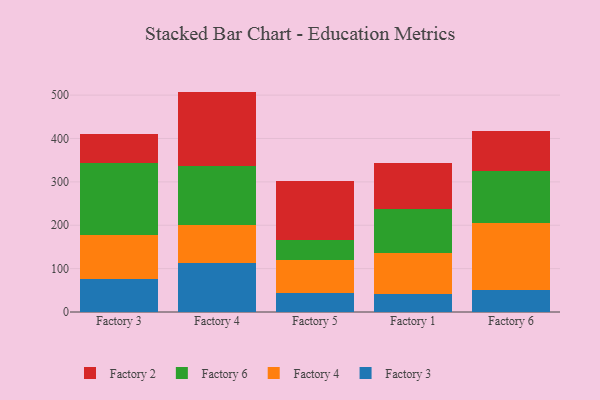
{"axis": {"x": "Factory", "y": "Active Users"}, "legend": ["Factory 2", "Factory 3", "Factory 4", "Factory 6"], "data": [{"x": "Factory 3", "y": 75.3, "type": "Factory 3"}, {"x": "Factory 3", "y": 101.7, "type": "Factory 4"}, {"x": "Factory 3", "y": 166.5, "type": "Factory 6"}, {"x": "Factory 3", "y": 67.1, "type": "Factory 2"}, {"x": "Factory 4", "y": 112.5, "type": "Factory 3"}, {"x": "Factory 4", "y": 88.8, "type": "Factory 4"}, {"x": "Factory 4", "y": 135.1, "type": "Factory 6"}, {"x": "Factory 4", "y": 171.7, "type": "Factory 2"}, {"x": "Factory 5", "y": 43.3, "type": "Factory 3"}, {"x": "Factory 5", "y": 76.8, "type": "Factory 4"}, {"x": "Factory 5", "y": 45.9, "type": "Factory 6"}, {"x": "Factory 5", "y": 135.9, "type": "Factory 2"}, {"x": "Factory 1", "y": 41.8, "type": "Factory 3"}, {"x": "Factory 1", "y": 94.5, "type": "Factory 4"}, {"x": "Factory 1", "y": 101.3, "type": "Factory 6"}, {"x": "Factory 1", "y": 106.3, "type": "Factory 2"}, {"x": "Factory 6", "y": 50.4, "type": "Factory 3"}, {"x": "Factory 6", "y": 154.3, "type": "Factory 4"}, {"x": "Factory 6", "y": 119.7, "type": "Factory 6"}, {"x": "Factory 6", "y": 93.4, "type": "Factory 2"}]}